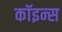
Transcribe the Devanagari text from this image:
कॉइन्स